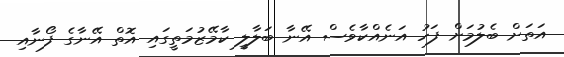
އަތަށް ބެލުމަށް ފަހު އަނެއްކާވެސް އޭނާ ބަލާލީ ކާމޭޒުމަތީގައި އޮތް އޭނާގެ ފޯނާއި